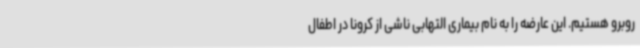
روبرو هستیم. این عارضه را به نام بیماری التهابی ناشی از کرونا در اطفال